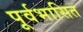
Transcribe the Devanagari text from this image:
पूर्वभासित